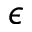
\epsilon